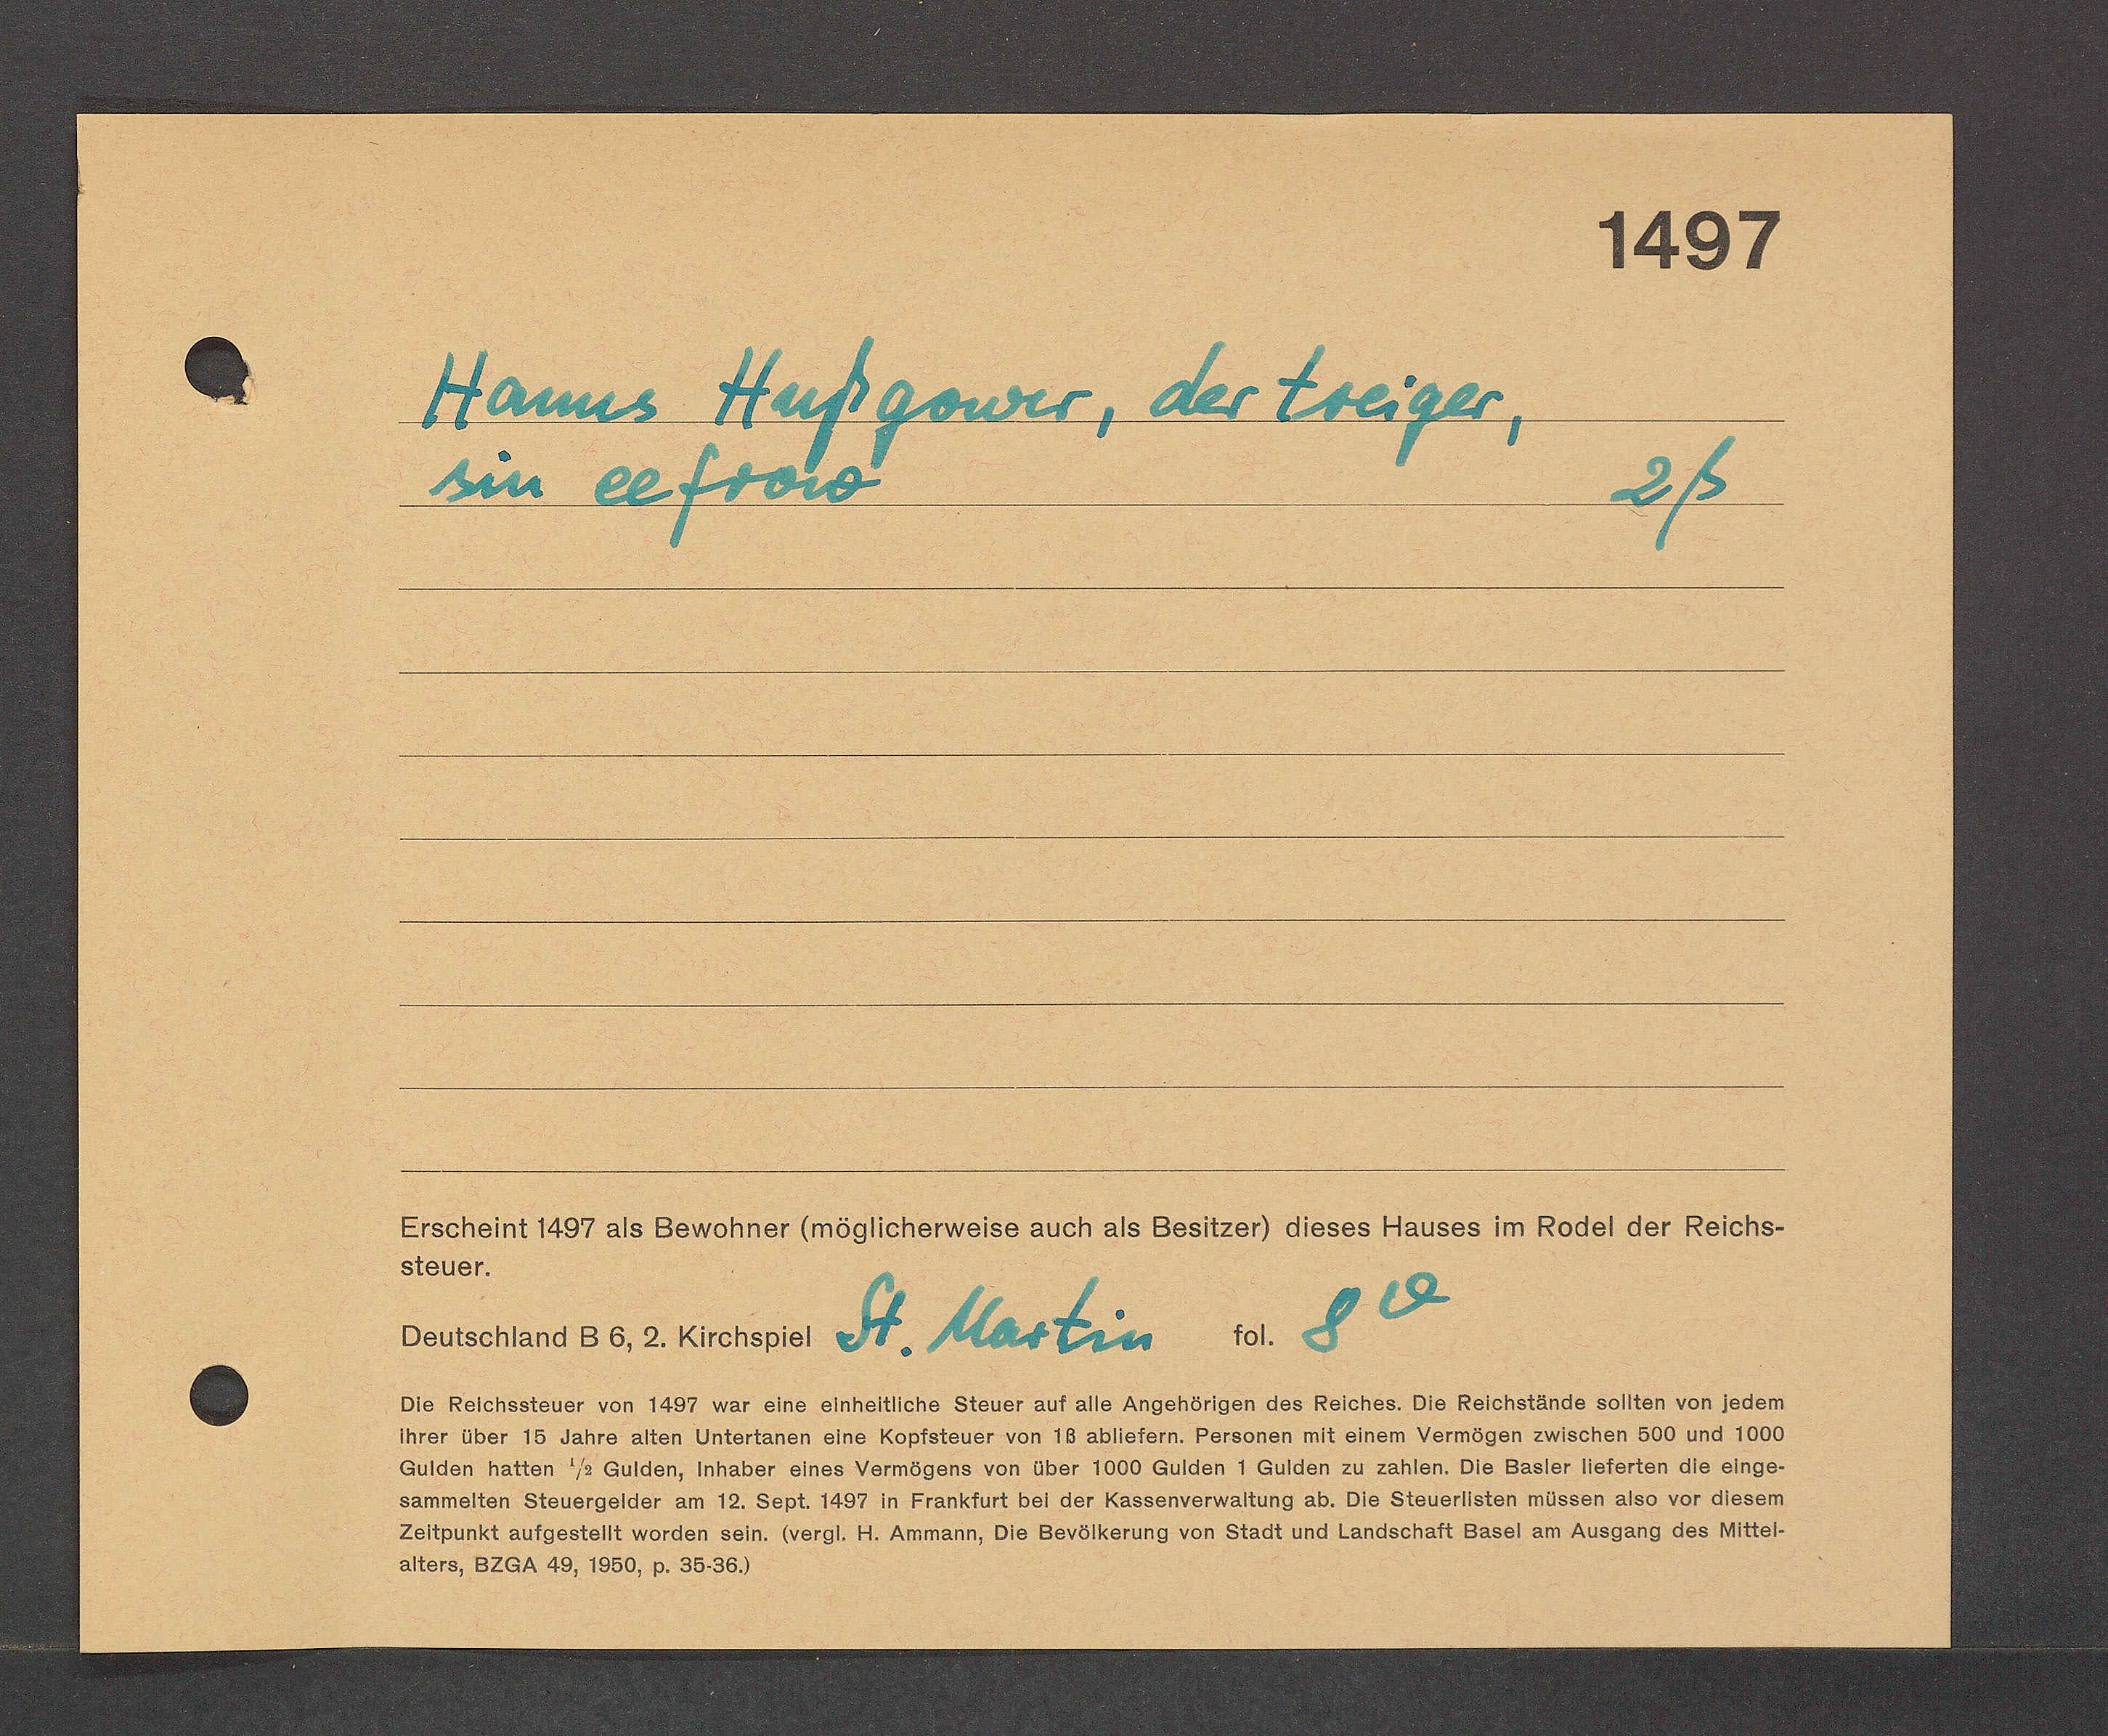
Transcript:
Hanns Hußgower, der treiger,
sin eefrow       2ß              
St. Martin
8 v